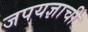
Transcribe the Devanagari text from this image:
जपयज्ञाची